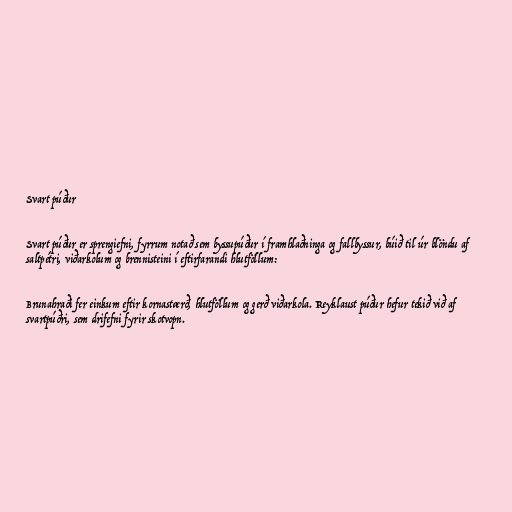
Svart púður

Svart púður er sprengiefni, fyrrum notað sem byssupúður í framhlaðninga og fallbyssur, búið til úr blöndu af
saltpétri, viðarkolum og brennisteini í eftirfarandi hlutföllum:

Brunahraði fer einkum eftir kornastærð, hlutföllum og gerð viðarkola. Reyklaust púður hefur tekið við af
svartpúðri, sem drifefni fyrir skotvopn.